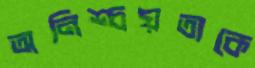
অনিশ্চয়তাকে